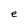
Character: e